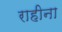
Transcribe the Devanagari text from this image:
राहीना